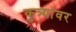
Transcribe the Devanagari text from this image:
कुत्र्यांवर